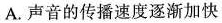
A. 声音的传播速度逐渐加快